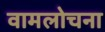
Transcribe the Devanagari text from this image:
वामलोचना